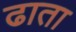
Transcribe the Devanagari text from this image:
ढाता